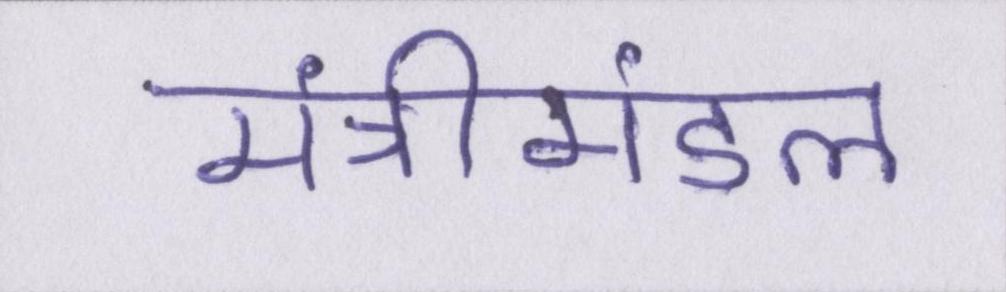
मंत्रीमंडल